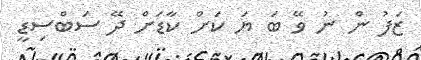
ޒަފު ން ނު ވޭ ބަ ޔަ ކަށް ކާޑަށް ދޭ ސަބްސިޑީ